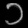
Digit: ၁